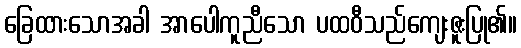
ခြေထားသောအခါ အာပေါကူညီသော ပထဝီသည်ကျေးဇူးပြု၏။